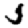
Digit: 5